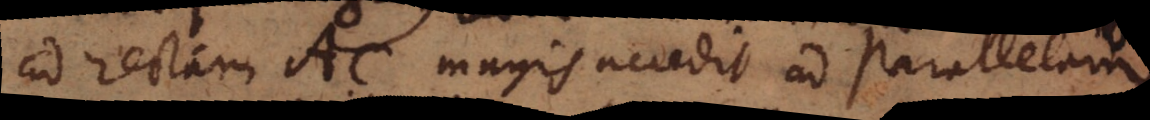
ad rectam AC magis accedit ad Parallelam